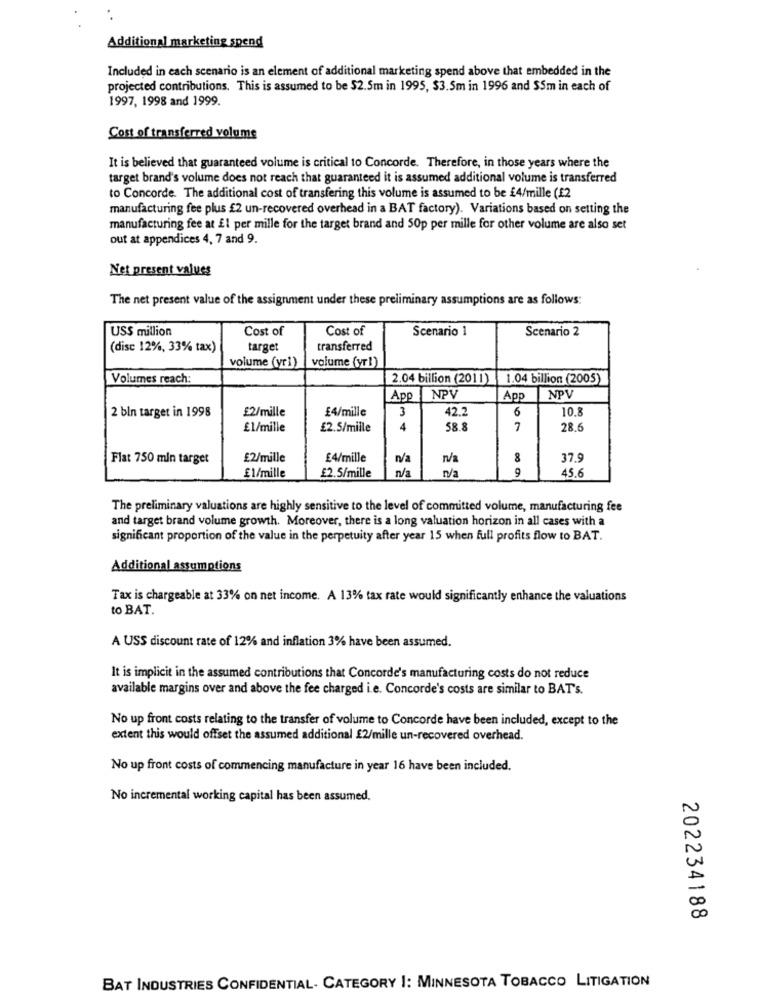
Additional marketing spend
Included in each scenario is an element of additional marketing spend above that embedded in the
projected contributions. This is assumed to be $2.5m in 1995, $3.5m in 1996 and $5m in each of
1997, 1998 and 1999.
Cost of transferred volume
It is believed that guaranteed volume is critical to Concorde. Therefore, in those years where the
target brand's volume does not reach that guaranteed it is assumed additional volume is transferred
to Concorde. The additional cost of transfering this volume is assumed to be £4/mille (£2
manufacturing fee plus £2 un-recovered overhead in a BAT factory). Variations based on setting the
manufacturing fee at El per mille for the target brand and 50p per mille for other volume are also set
out at appendices 4, 7 and 9.
Net present values
The net present value of the assignment under these preliminary assumptions are as follows:
USS million
Cost of
Cost of
Scenario 1
Scenario 2
(disc 12%, 33% tax)
target
transferred
volume (yr1)
volume (yr1)
Volumes reach:
2.04 billion (2011) 1.04 billion (2005)
App
NPV
App
NPV
£2/mille
£4/mille
3
42.2
6
10.8
2 bln target in 1998
£1/mille
£2.5/mille
4
58.8
28.6
Flat 750 mln target
£2/mille
£4/mille
n/a
n/a
8
37.9
n/a
n/a
9
45.6
El/mille
£2.5/mille
The preliminary valuations are highly sensitive to the level of committed volume, manufacturing fee
and target brand volume growth. Moreover, there is a long valuation horizon in all cases with a
significant proportion of the value in the perpetuity after year 15 when full profits flow to BAT.
Additional assumptions
Tax is chargeable at 33% on net income. A 13% tax rate would significantly enhance the valuations
to BAT.
A USS discount rate of 12% and inflation 3% have been assumed.
It is implicit in the assumed contributions that Concorde's manufacturing costs do not reduce
available margins over and above the fee charged i.e. Concorde's costs are similar to BAT's.
No up front costs relating to the transfer of volume to Concorde have been included, except to the
extent this would offset the assumed additional £2/mille un-recovered overhead.
No up front costs of commencing manufacture in year 16 have been included.
No incremental working capital has been assumed.
202234188
BAT INDUSTRIES CONFIDENTIAL- CATEGORY I: MINNESOTA TOBACCO LITIGATION